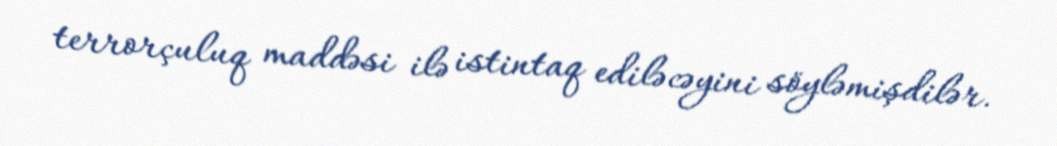
terrorçuluq maddəsi ilə istintaq ediləcəyini söyləmişdilər.